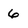
Character: 6